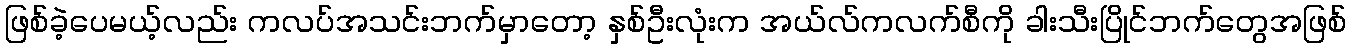
ဖြစ်ခဲ့ပေမယ့်လည်း ကလပ်အသင်းဘက်မှာတော့ နှစ်ဦးလုံးက အယ်လ်ကလက်စီကို ခါးသီးပြိုင်ဘက်တွေအဖြစ်